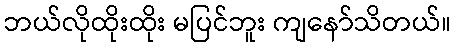
ဘယ်လိုထိုးထိုး မပြင်ဘူး ကျနော်သိတယ်။